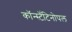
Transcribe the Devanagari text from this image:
कॉन्स्टॅंटिनोपल